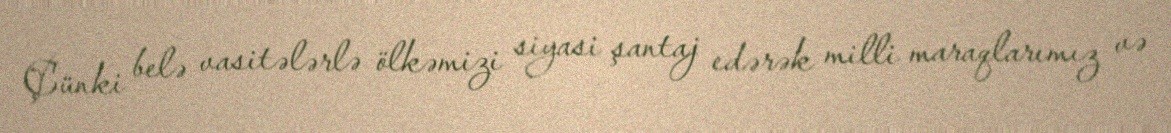
Çünki belə vasitələrlə ölkəmizi siyasi şantaj edərək milli maraqlarımız və